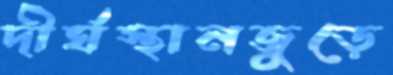
দীর্ঘস্থানজুড়ে